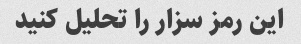
این رمز سزار را تحلیل کنید